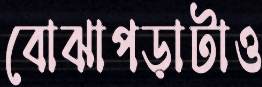
বোঝাপড়াটাও